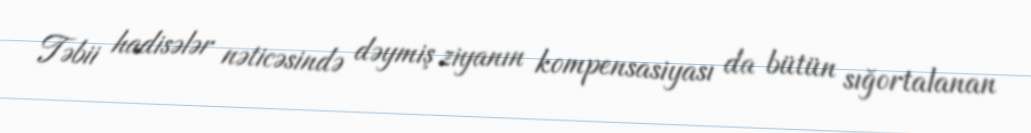
Təbii hadisələr nəticəsində dəymiş ziyanın kompensasiyası da bütün sığortalanan